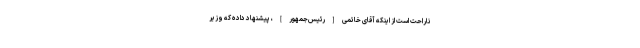
ناراحت است از اینكه آقاى خاتمى [رئیس‌جمهور]، پیشنهاد داده كه وزیر